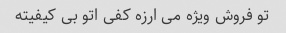
تو فروش ویژه می ارزه کفی اتو بی کیفیته